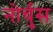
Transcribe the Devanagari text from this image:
नोर्चुस